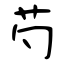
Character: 芍